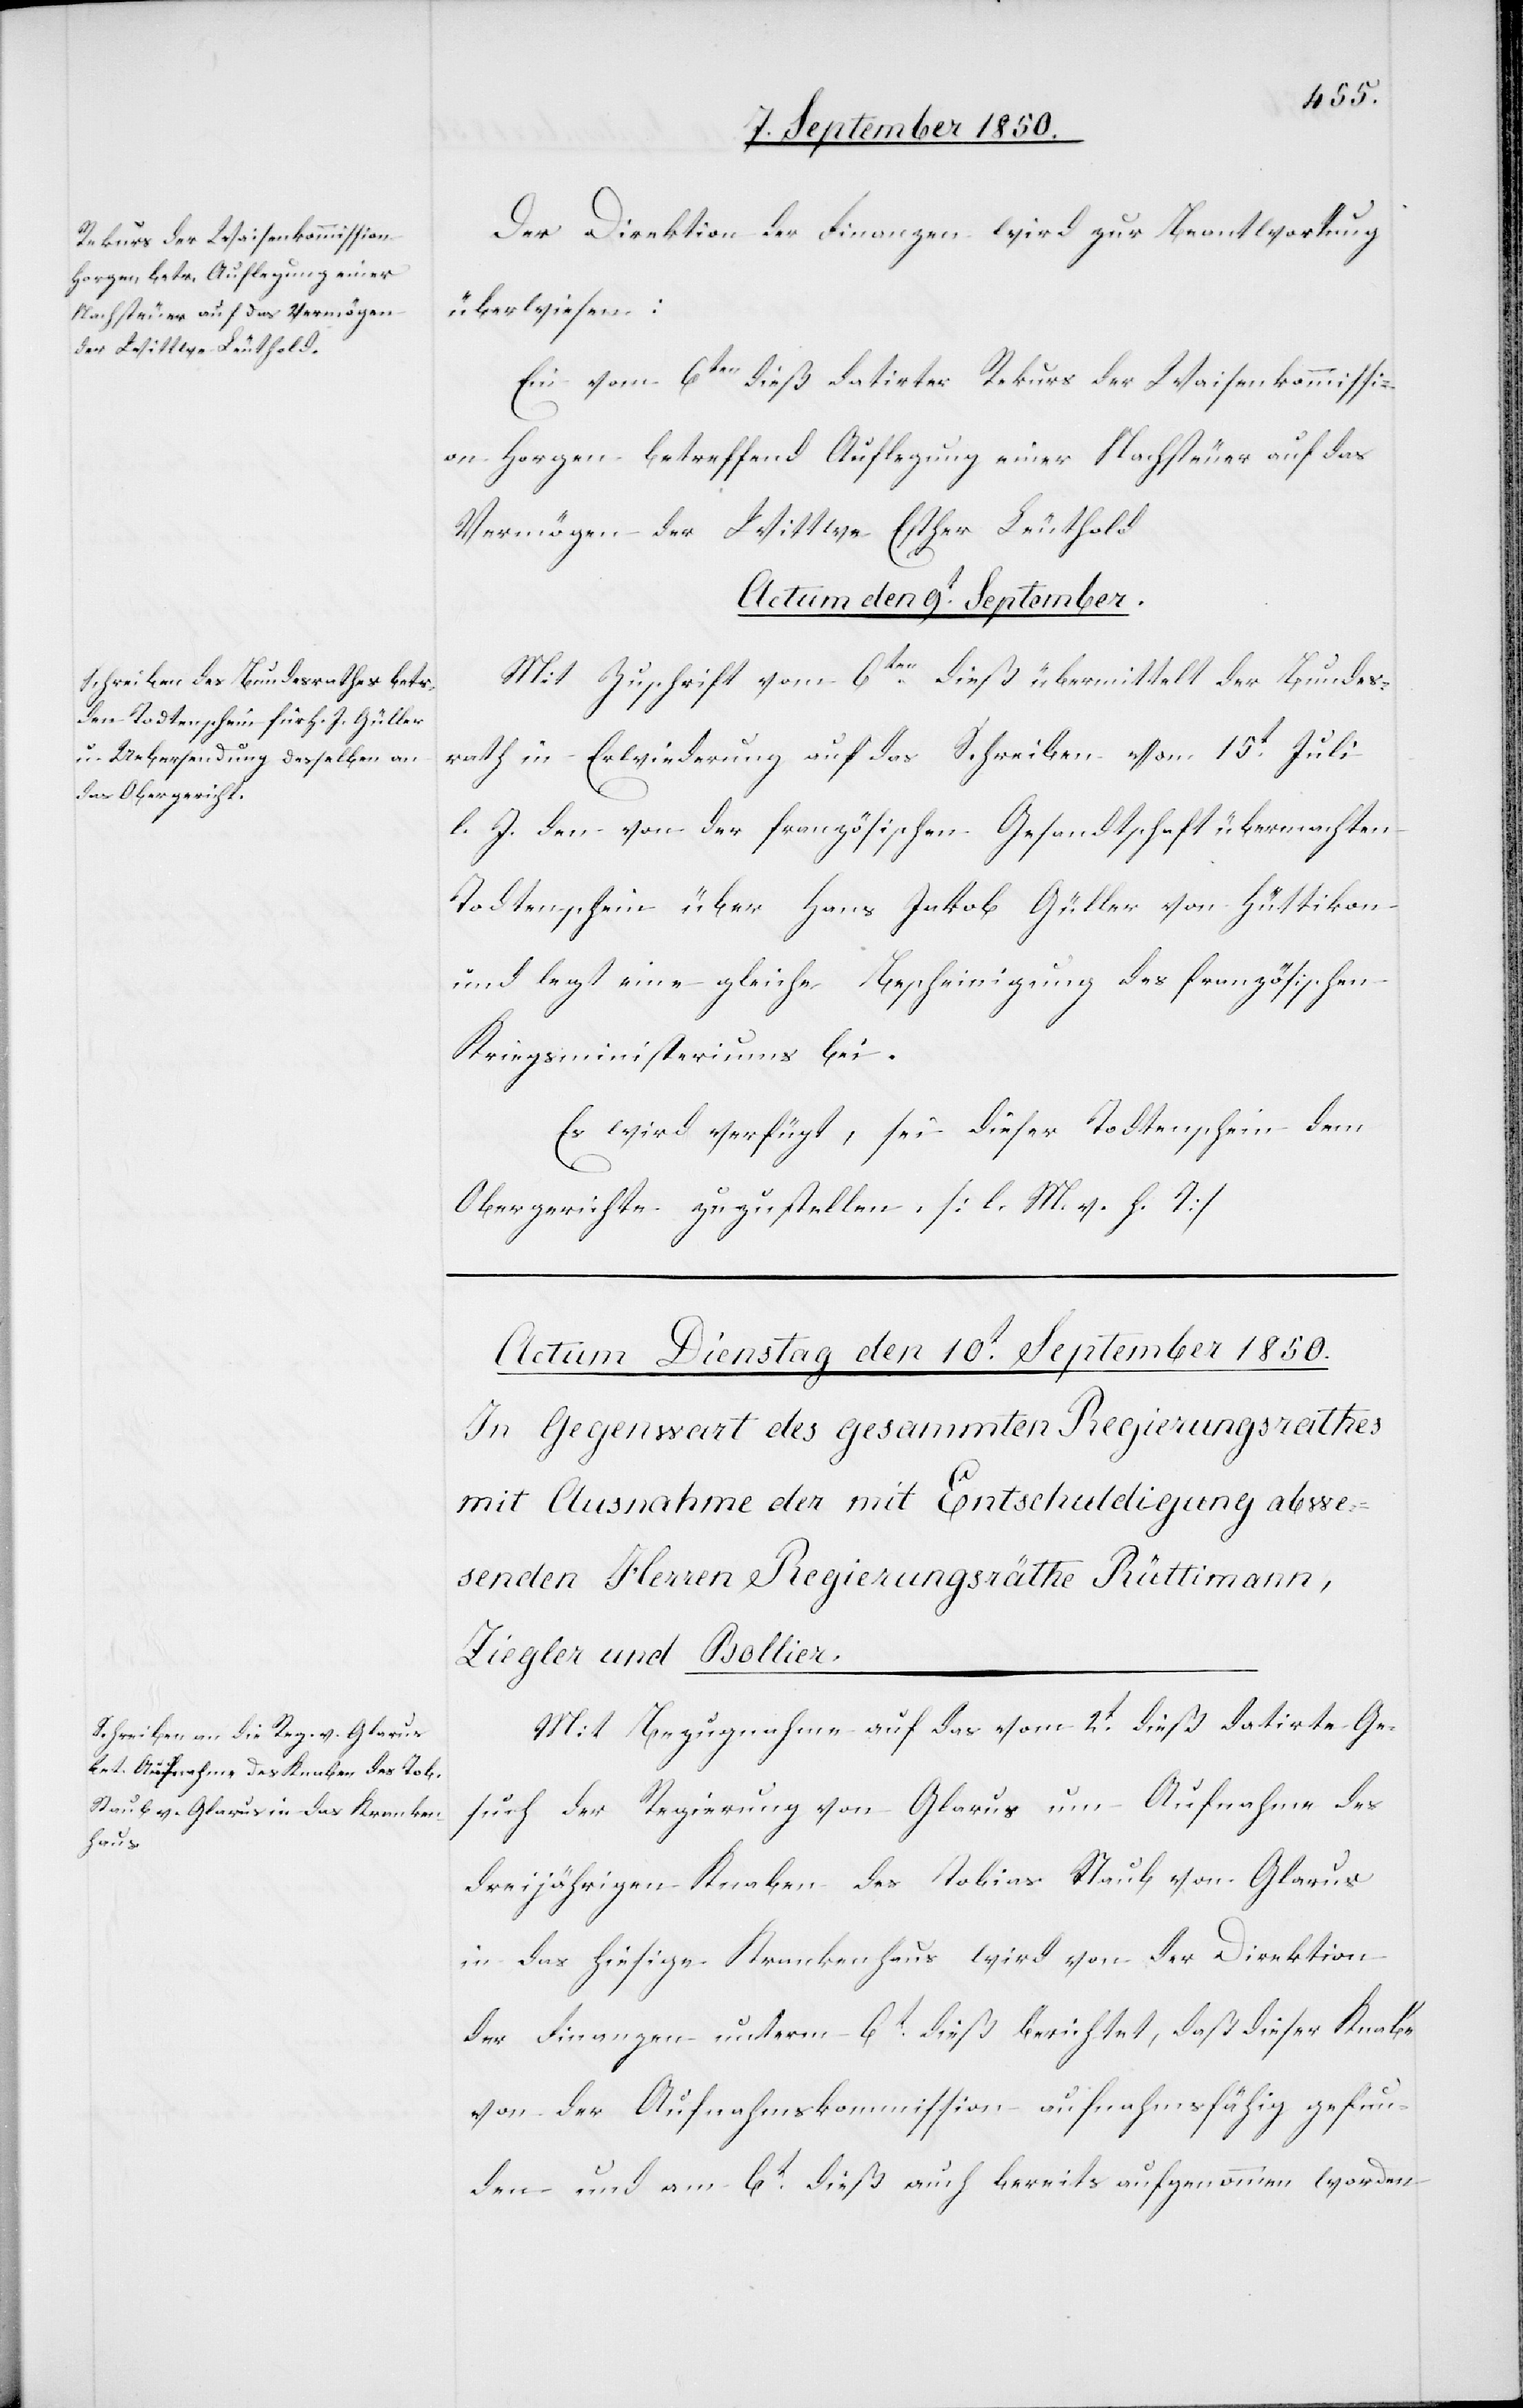
Der Direktion der Finanzen wird zur Beantwortung
überwiesen:
Ein vom 6ten dieß datirter Rekurs der Waisenkommissi¬
on Horgen betreffend Auflegung einer Nachsteuer auf das
Vermögen der Wittwe Esther Leuthold.
Actum den 9t September.
Mit Zuschrift vom 6ten dieß übermittelt der Bundes¬
rath in Erwiederung auf das Schreiben vom 15t Juli
l. J. den von der französischen Gesandtschaft übermachten
Todtenschein über Hans Jakob Güller von Hüttikon
und legt eine gleiche Bescheinigung des französischen
Kriegsministeriums bei.
Es wird verfügt, sei dieser Todtenschein dem
Obergerichte zuzustellen. [l. M. v. h. T]
Mit Bezugnahme auf das vom 2t dieß datirte Ge¬
such der Regierung von Glarus um Aufnahme des
dreijährigen Knaben des Tobias Staub von Glarus
in das hiesige Krankenhaus wird von der Direktion
der Finanzen unterm 6t dieß berichtet, daß dieser Knabe
von der Aufnahmskommission aufnahmsfähig gefun¬
den und am 6t dieß auch bereits aufgenommen worden